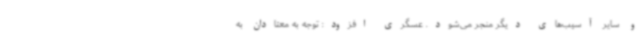
و سایر آسیب‌های دیگر منجر می‌شود. عسگری افزود: توجه به معتادان به